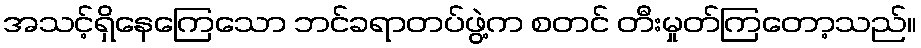
အသင့်ရှိနေကြေသော ဘင်ခရာတပ်ဖွဲ့က စတင် တီးမှုတ်ကြတော့သည်။